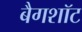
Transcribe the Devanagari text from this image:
बैगशॉट